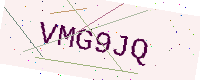
Text: VMG9JQ